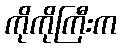
ကိုကိုကြီးက